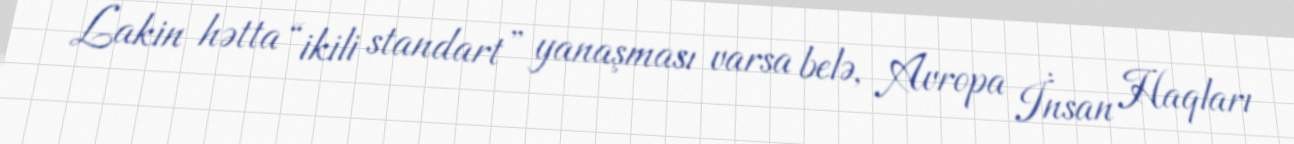
Lakin hətta “ikili standart” yanaşması varsa belə, Avropa İnsan Haqları